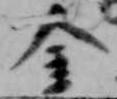
金